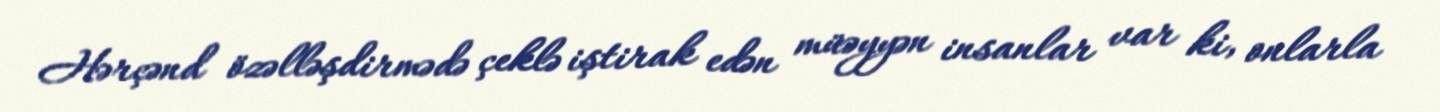
Hərçənd özəlləşdirmədə çeklə iştirak edən müəyyən insanlar var ki, onlarla